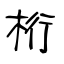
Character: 桁